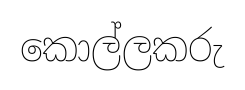
කොල්ලකරු